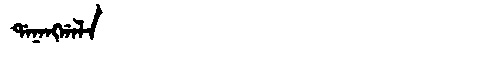
Manchu: ᡩᠠᠨᠠᠩᡤᠠᠯᠠ
Romanization: DANANGGALA